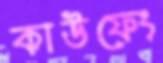
কাউফেং